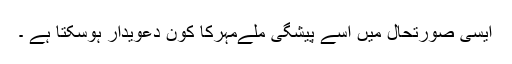
ایسی صورتحال میں اُسے پیشگی ملےمہرکا کون دعویدار ہوسکتا ہے ۔